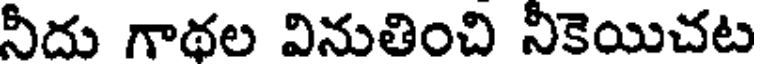
నీదు గాథల వినుతించి నీకెయిచట